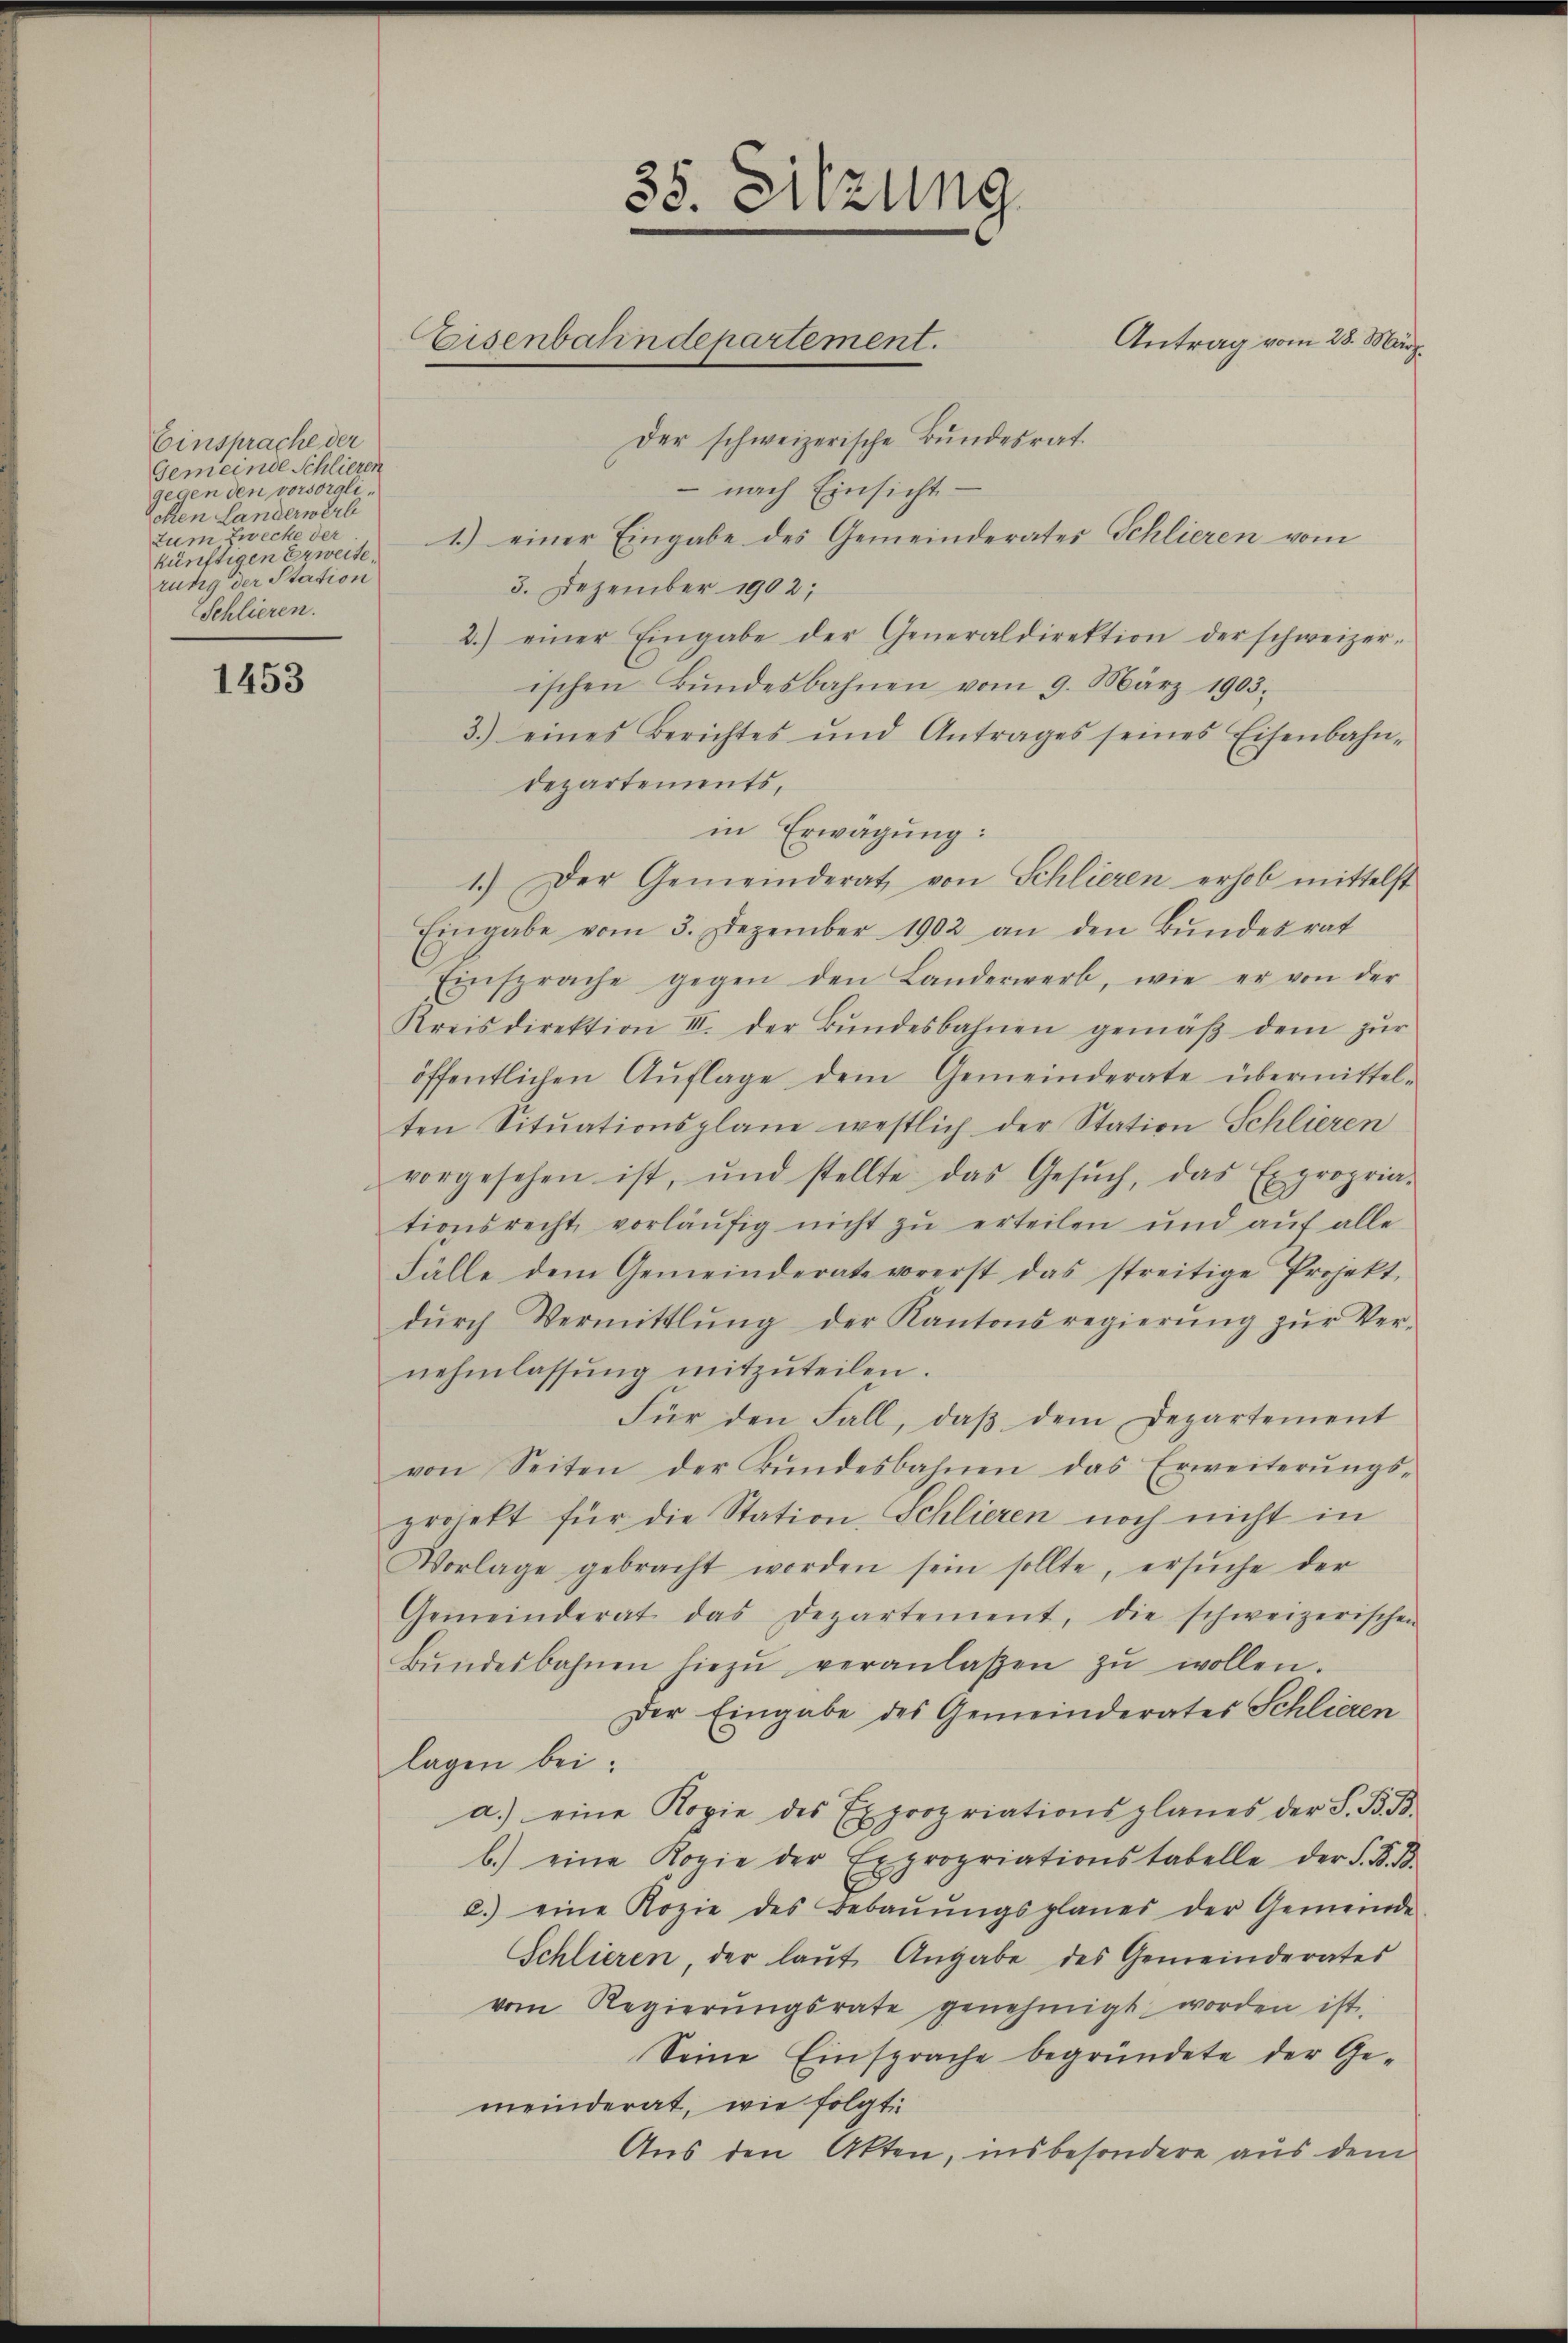
Einsprache der
Gemeinde Schlieren
gegen den vorsorali¬
Schen Landerwerb
Zum Zwecke der
künftigen Erweite.
rung der Station
Schlieren.

1453

3
. Sitzung
Antrag vom 28. März.
Eisenbahndepartement.
Der schweizerische Bundesrat

- nach Einsicht
1) einer Eingabe des Gemeinderates Schlieren vom
3. Dezember 1902;
2.) einer Eingabe der Generaldirektion der schweizer-
ischen Bŭndesbahnen vom 9. März 1903.
3.) eines Berichtes und Antrages seines Eisenbahn-
Departements,
in Erwägung:
1.) Der Gemeinderat von Schlieren erhob mittelst
Eingabe vom 3. Dezember 1902 an den Bŭndesrat
Einsprache gegen den Landerwerb, wie er von der
Kreisdirektion III. der Bŭndesbahnen gemäβ dem zŭr
öffentlichen Aŭflage dem Gemeinderate übermittel-
ten Situationsplane westlich der Station Schlieren
vorgesehen ist, und stellte das Gesŭch, das Expropria-
tionsrecht, vorläŭfig nicht zŭ erteilen und aŭf alle
Fälle dem Gemeinderate vorerst das streitige Projekt
dŭrch Vermittlung der Kantonsregierŭng zŭr Ver-
nehmlassŭng mitzŭteilen.
Für den Fall, daβ dem Departement
von Seiten der Bŭndesbahnen das Erweiterŭngs-
projekt für die Station, Schlieren noch nicht in
Vorlage gebracht worden sein sollte, ersŭche der
Gemeinderat das Departement, die schweizerischen
bŭndesbahnen hiezŭ veranlaßen zŭ wollen.
Der Eingabe des Gemeinderates Schlieren
lagen bei:
a.) eine Kopie des Expropriationsplanes der S. B. B.
b.) eine Kopie der Expropriationstabelle der S. K. B.
2.) eine Kopie des Bebaŭŭngsplanes der Gemeinde
Schlieren, der laŭt Angabe des Gemeinderates
vom Regierŭngsrate genehmigt worden ist.
Seine Einsprache begründete der Ge-
meinderat, wie folgt
Aus den Akten, insbesondere aus dem